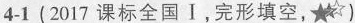
4-1 (2017 课标全国Ⅰ,完形填空,☆)